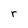
Character: r